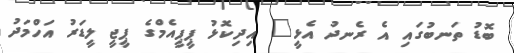
ބޮޑު ތަނބުގައި އެ ރެނދު އެޅީ" އިދިކޮޅު ޕީޕީއެމްގެ ޕީޖީ ލީޑަރު އަހްމަދު